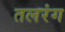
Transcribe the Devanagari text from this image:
तलरंग